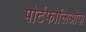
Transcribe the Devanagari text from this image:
पोर्टफोलिओज़